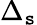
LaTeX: \Delta_{\mathtt{s}}